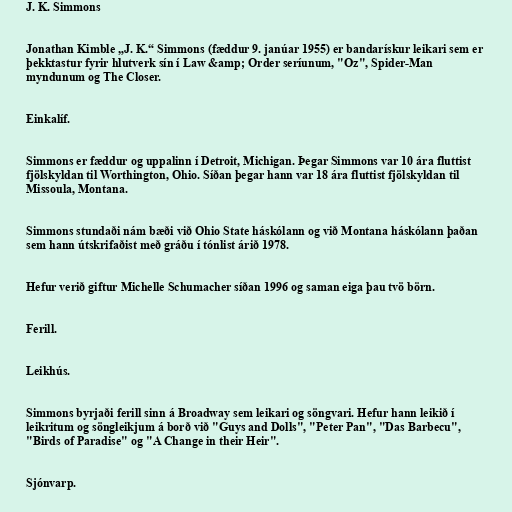
J. K. Simmons

Jonathan Kimble „J. K.“ Simmons (fæddur 9. janúar 1955) er bandarískur leikari sem er
þekktastur fyrir hlutverk sín í Law &amp; Order seríunum, "Oz", Spider-Man
myndunum og The Closer.

Einkalíf.

Simmons er fæddur og uppalinn í Detroit, Michigan. Þegar Simmons var 10 ára fluttist
fjölskyldan til Worthington, Ohio. Síðan þegar hann var 18 ára fluttist fjölskyldan til
Missoula, Montana.

Simmons stundaði nám bæði við Ohio State háskólann og við Montana háskólann þaðan
sem hann útskrifaðist með gráðu í tónlist árið 1978.

Hefur verið giftur Michelle Schumacher síðan 1996 og saman eiga þau tvö börn.

Ferill.

Leikhús.

Simmons byrjaði ferill sinn á Broadway sem leikari og söngvari. Hefur hann leikið í
leikritum og söngleikjum á borð við "Guys and Dolls", "Peter Pan", "Das Barbecu",
"Birds of Paradise" og "A Change in their Heir".

Sjónvarp.